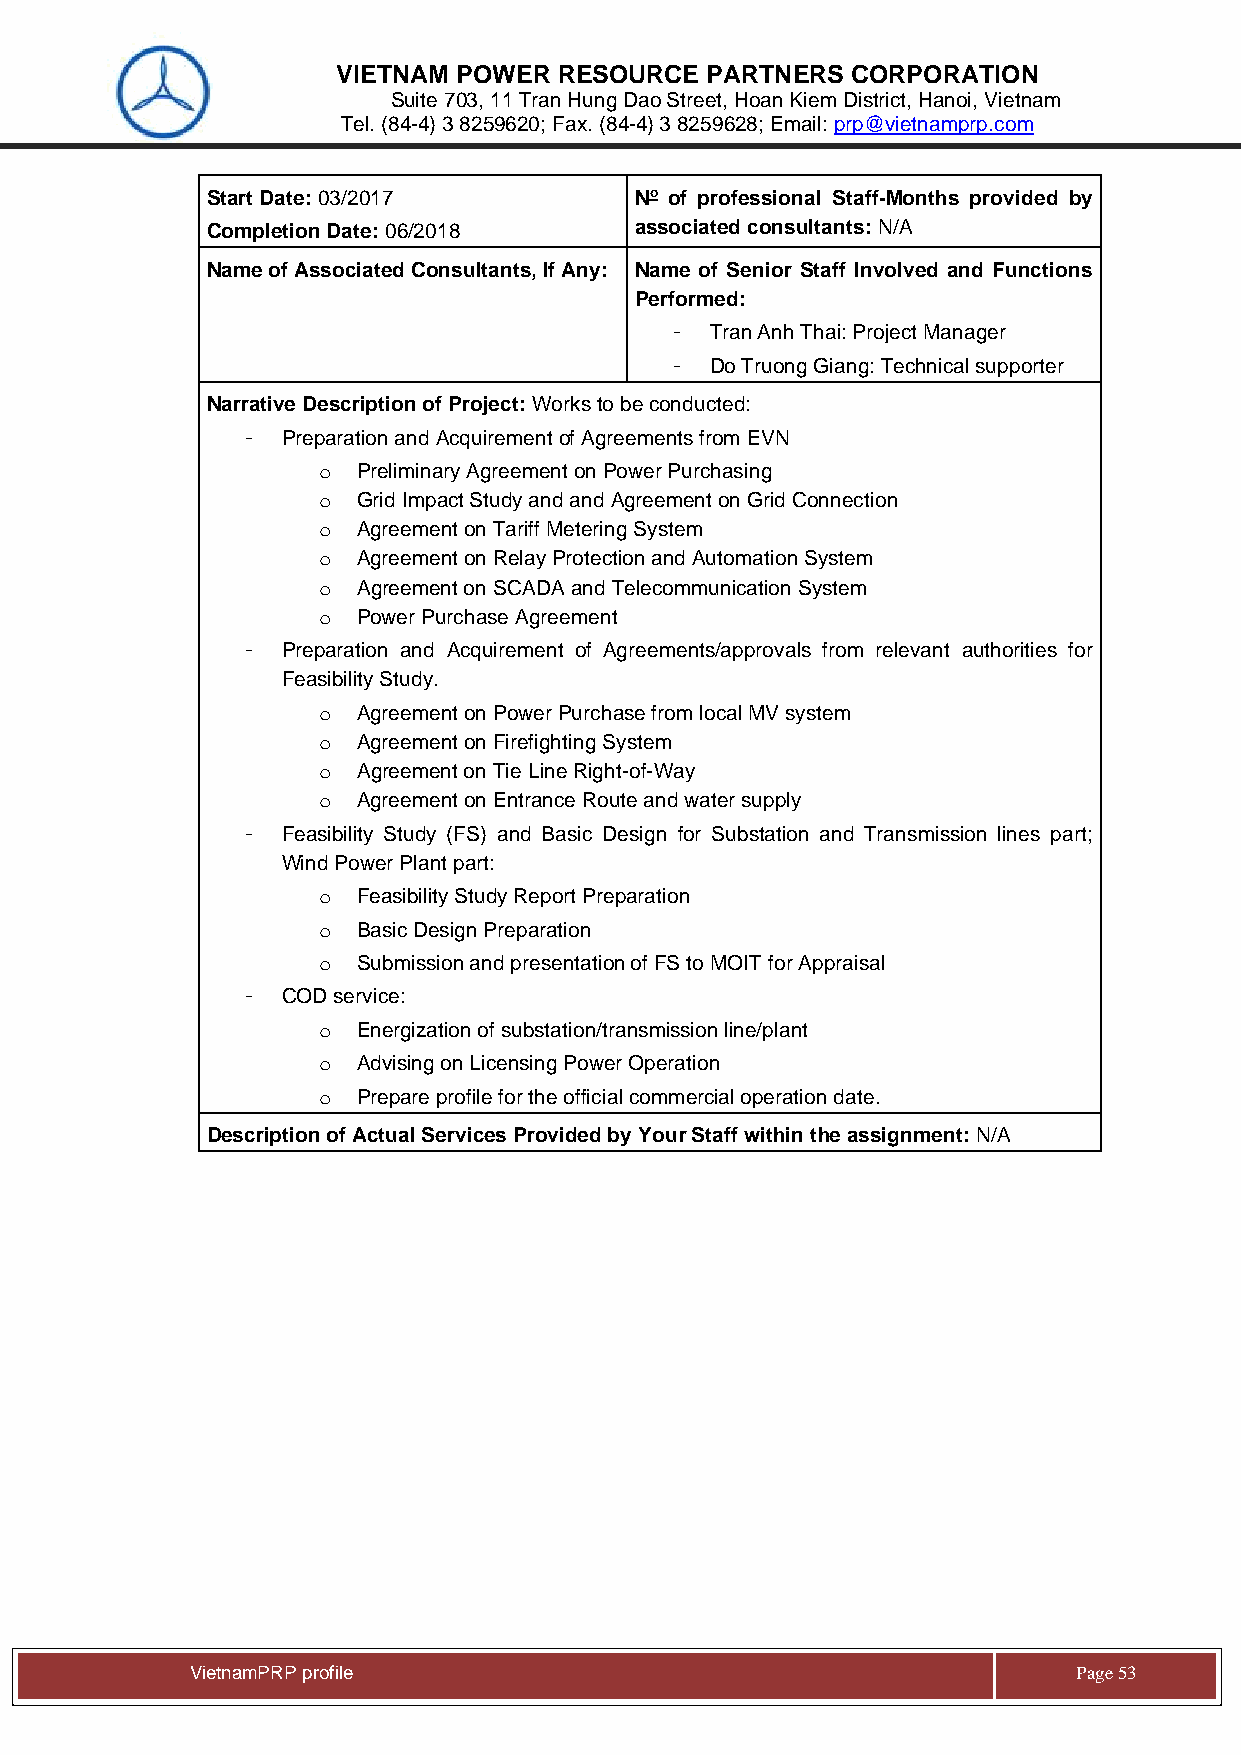
VIETNAM POWER  RESOURCE  PARTNERS CORPORATION
 Suite 703, 11 Tran Hung Dao Street, Hoan Kiem District, Hanoi, Vietnam
 Tel. (84-4) 3 8259620; Fax. (84-4) 3 8259628; Email: prp@vietnamprp.com
 Start Date: 03/2017         No of professional Staff-Months provided by
 Completion Date: 06/2018    associated consultants: N/A
 Name of Associated Consultants, If Any: Name of Senior Staff Involved and Functions
 Performed:
 -  Tran Anh Thai: Project Manager
 -  Do Truong Giang: Technical supporter
 Narrative Description of Project: Works to be conducted:
 -  Preparation and Acquirement of Agreements from EVN
 o  Preliminary Agreement on Power Purchasing
 o  Grid Impact Study and and Agreement on Grid Connection
 o  Agreement on Tariff Metering System
 o  Agreement on Relay Protection and Automation System
 o  Agreement on SCADA and Telecommunication System
 o  Power Purchase Agreement
 -  Preparation and Acquirement of Agreements/approvals from relevant authorities for
 Feasibility Study.
 o  Agreement on Power Purchase from local MV system
 o  Agreement on Firefighting System
 o  Agreement on Tie Line Right-of-Way
 o  Agreement on Entrance Route and water supply
 -  Feasibility Study (FS) and Basic Design for Substation and Transmission lines part;
 Wind Power Plant part:
 o  Feasibility Study Report Preparation
 o  Basic Design Preparation
 o  Submission and presentation of FS to MOIT for Appraisal
 -  COD service:
 o  Energization of substation/transmission line/plant
 o  Advising on Licensing Power Operation
 o  Prepare profile for the official commercial operation date.
 Description of Actual Services Provided by Your Staff within the assignment: N/A
 Vie tnamPRP profile                                       Page 53